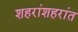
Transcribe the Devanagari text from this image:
शहरांशहरांत